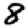
Digit: 8